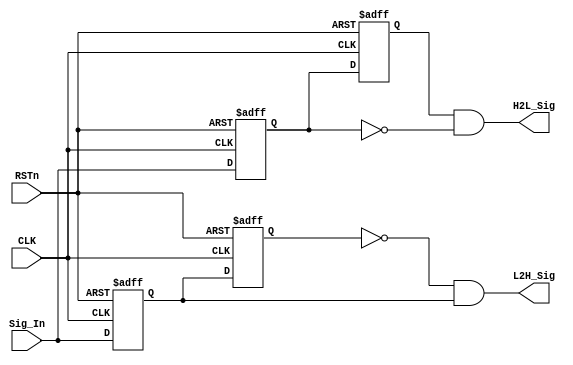
/**********************DAMMSTANGER COPYRIGHT @2016************************/	
//InerSig_Edge_Detect
//
//	 dammstanger
//	 20160816
/*************************************************************************/	
module InerSig_Edge_Detect 
(
    CLK, RSTn, Sig_In, H2L_Sig, L2H_Sig
);

   input CLK;
	 input RSTn;
	 input Sig_In;
	 output H2L_Sig;
	 output L2H_Sig;
	 
    /********************************************/
	 
	 reg H2L_F1;
	 reg H2L_F2;
	 reg L2H_F1;
	 reg L2H_F2;
	 
	 always @ ( posedge CLK or negedge RSTn )
	     if( !RSTn )
		      begin
				   H2L_F1 <= 1'b1;
					 H2L_F2 <= 1'b1;
					 L2H_F1 <= 1'b0;
					 L2H_F2 <= 1'b0;
			   end
		  else
		      begin
					 H2L_F1 <= Sig_In; 
					 H2L_F2 <= H2L_F1;
					 L2H_F1 <= Sig_In;
					 L2H_F2 <= L2H_F1;
				end
				
    /***********************************/

	 assign H2L_Sig = H2L_F2 & !H2L_F1 ;
	 assign L2H_Sig = !L2H_F2 & L2H_F1 ;
	  
	 /***********************************/
	 
endmodule